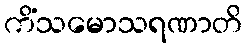
ကိံသမောသရဏာတိ